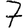
Digit: 7